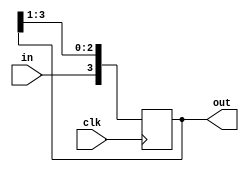
module shift_register(out, in, clk);
    output [3:0] out;
    input in;
    input clk;
    always @(posedge clk)
        out <= {in, out[n-1:1]};
endmodule